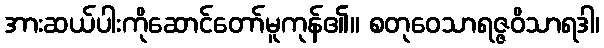
အားဆယ်ပါးကိုဆောင်တော်မူကုန်၏။ စတုဝေသာရဇ္ဇဝိသာရဒါ၊